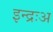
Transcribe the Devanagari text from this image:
इन्द्रःअ